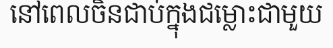
នៅពេលចិនជាប់ក្នុងជម្លោះជាមួយ